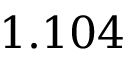
1 . 1 0 4